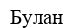
Булан